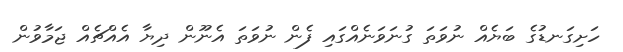
ހަށިގަނޑުގެ ބަޔެއް ނުވަތަ ގުނަވަނެއްގައި ފެން ނުވަތަ އެނޫން ދިޔާ އެއްޗެއް ޖަމާވުން